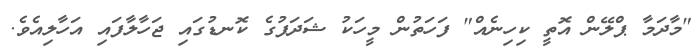
"މާދަމާ ޕްލޭން އޮތީ ކިހިނެއް" ފަހަތުން މީހަކު ޝަދަފުގެ ކޮނޑުގައި ޖަހާލާފައި އަހާލިއެވެ.